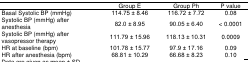
|  | Group E | Group Ph | P value |
 | --- | --- | --- | --- |
 | Basal Systolic BP (mmHg) | 114.75 ± 8.46 | 116.72 ± 7.72 | 0.08 |
 | Systolic BP (mmHg) after anesthesia | 82.0 ± 8.95 | 90.05 ± 6.40 | < 0.0001 |
 | Systolic BP (mmHg) after vasopressor therapy | 111.79 ± 15.96 | 118.13 ± 10.31 | 0.0009 |
 | HR at baseline (bpm) | 101.78 ± 15.77 | 97.9 ± 17.16 | 0.09 |
 | HR after anesthesia (bpm) | 68.81 ± 10.29 | 66.68 ± 8.23 | 0.10 |